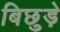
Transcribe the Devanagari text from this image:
बिछुड़े